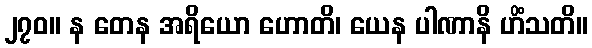
၂၇၀။ န တေန အရိယော ဟောတိ၊ ယေန ပါဏာနိ ဟိံသတိ။